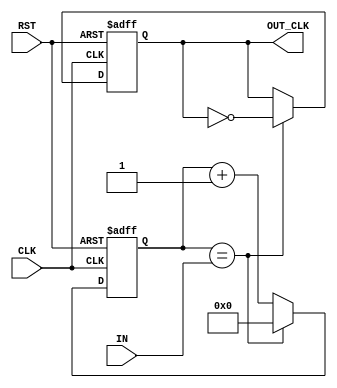
`timescale 1ns / 1ps
//////////////////////////////////////////////////////////////////////////////////
// The input is half of dividing factor
//
//////////////////////////////////////////////////////////////////////////////////
	module clock_divider( input CLK, input [15:0] IN, input RST, output OUT_CLK);
		reg [15:0] Counter=0;
		reg OUT=0;
	
		always @(posedge CLK or posedge RST)
			begin
				if (RST)
					begin
						OUT<= 0;
						Counter<=0;
					end
				else
					begin
						Counter<= Counter+1;
						if ( Counter == IN) 
						begin
							Counter<=0;
							
							OUT<=~ OUT;
						end
												
						
					end
					
			end
		assign OUT_CLK = OUT;
		
		
	endmodule